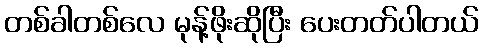
တစ်ခါတစ်လေ မုန့်ဖိုးဆိုပြီး ပေးတတ်ပါတယ်